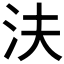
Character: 𰛎